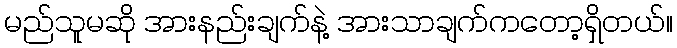
မည်သူမဆို အားနည်းချက်နဲ့ အားသာချက်ကတော့ရှိတယ်။